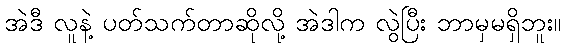
အဲဒီ လူနဲ့ ပတ်သက်တာဆိုလို့ အဲဒါက လွဲပြီး ဘာမှမရှိဘူး။